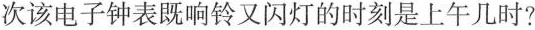
次该电子钟表既响铃又闪灯的时刻是上午几时?